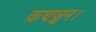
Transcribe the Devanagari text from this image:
कथञ्चन।